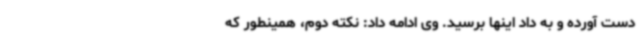
دست آورده و به داد اینها برسید. وی ادامه داد: نکته دوم، همینطور که